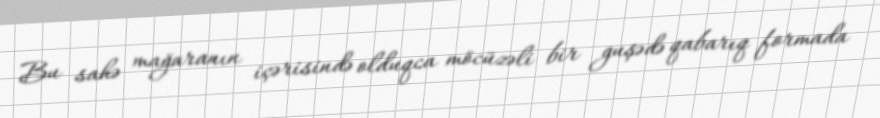
Bu sahə mağaranın içərisində olduqca möcüzəli bir guşədə qabarıq formada